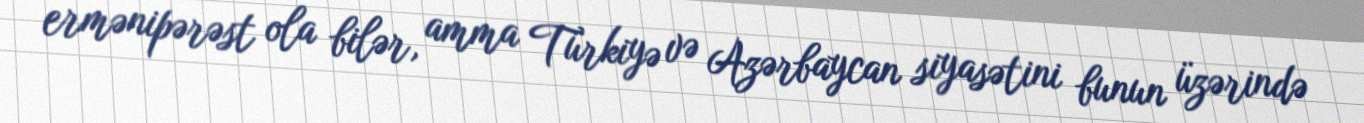
ermənipərəst ola bilər, amma Türkiyə və Azərbaycan siyasətini bunun üzərində